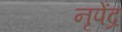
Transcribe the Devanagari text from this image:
नृपेंद्र